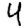
Digit: 4